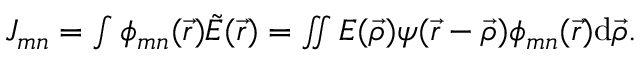
\begin{array} { r } { J _ { m n } = \int \phi _ { m n } ( \vec { r } ) \tilde { E } ( \vec { r } ) = \iint E ( \vec { \rho } ) \psi ( \vec { r } - \vec { \rho } ) \phi _ { m n } ( \vec { r } ) \mathrm { d } \vec { \rho } . } \end{array}